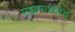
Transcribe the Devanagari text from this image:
मधमाश्यांचं